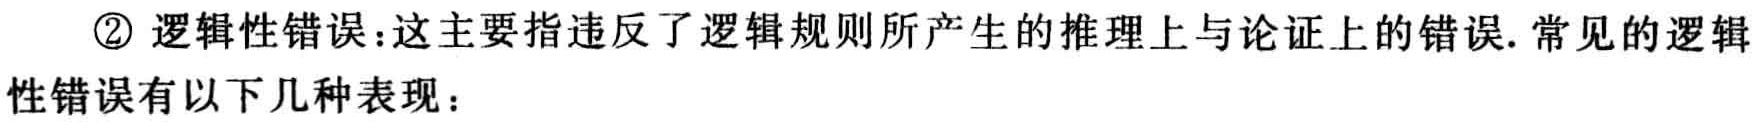
\textcircled{2} 逻辑性错误：这主要指违反了逻辑规则所产生的推理上与论证上的错误. 常见的逻辑性错误有以下几种表现：